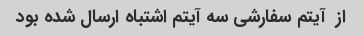
از  آیتم سفارشی سه آیتم اشتباه ارسال شده بود